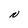
Character: N